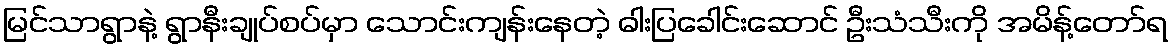
မြင်သာရွာနဲ့ ရွာနီးချုပ်စပ်မှာ သောင်းကျန်းနေတဲ့ ဓါးပြခေါင်းဆောင် ဦးသံသီးကို အမိန့်တော်ရ